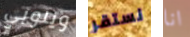
ويلوبي نستقر انا